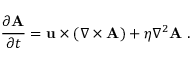
\frac { \partial \mathbf { A } } { \partial t } = \mathbf { u } \times ( \nabla \times \mathbf { A } ) + \eta \nabla ^ { 2 } \mathbf { A } ~ .